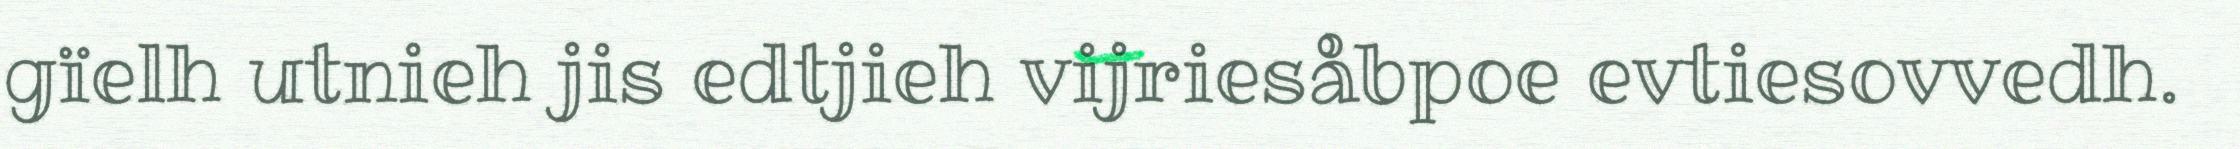
gïelh utnieh jis edtjieh vijriesåbpoe evtiesovvedh.